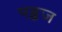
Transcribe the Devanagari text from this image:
पङ्कज